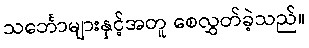
သင်္ဘောများနှင့်အတူ စေလွှတ်ခဲ့သည်။